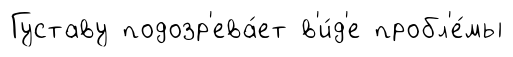
Густаву подозр'ева́ет в'и́д'е пробл'е́мы